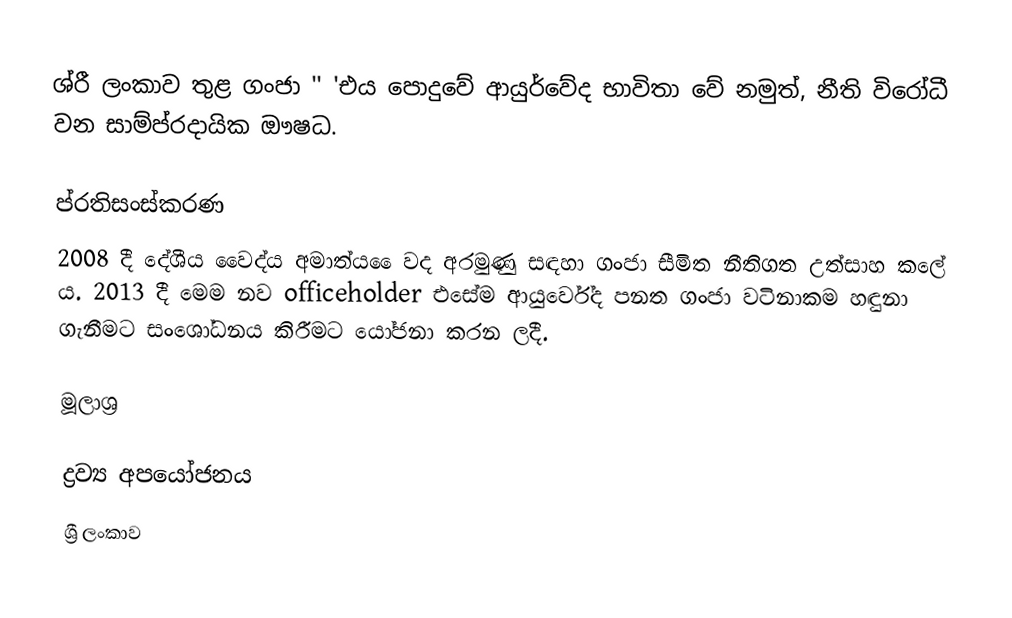
ශ්රී ලංකාව තුළ ගංජා '' 'එය පොදුවේ  ආයුර්වේද භාවිතා වේ නමුත්, නීති විරෝධී වන සාම්ප්රදායික ඖෂධ.

ප්රතිසංස්කරණ
2008 දී දේශීය වෛද්ය අමාත්ය ෛවද අරමුණු සඳහා ගංජා සීමිත නීතිගත උත්සාහ කලේ ය. 2013 දී මෙම නව officeholder එසේම ආයුර්වේද පනත ගංජා වටිනාකම හඳුනා ගැනීමට සංශෝධනය කිරීමට යෝජනා කරන ලදී.

මූලාශ්‍ර

ද්‍රව්‍ය අපයෝජනය
ශ්‍රී ලංකාව